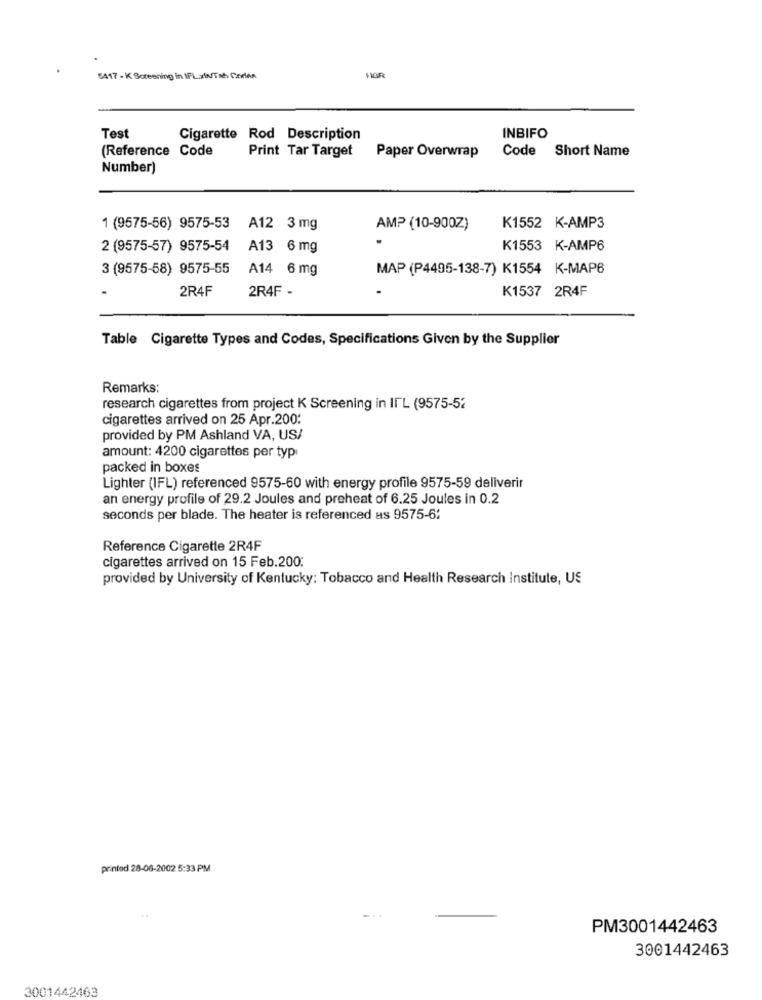
5417 - K Screening in IFL:IN/Tsh Carlan
Test
Cigarette Rod Description
INBIFO
(Reference Code
Print Tar Target
Code Short Name
Paper Overwrap
Number)
1 (9575-56) 9575-53
A12 3 mg
AMP (10-900Z)
K1552 K-AMP3
2 (9575-57) 9575-54
A13 6 mg
K1553 K-AMP6
3 (9575-58) 9575-55
A14 6 mg
MAP (P4495-138-7) K1554 K-MAP6
2R4F
2R4F -
K1537 2R4F
Table Cigarette Types and Codes, Specifications Given by the Supplier
Remarks:
research cigarettes from project K Screening in IFL (9575-52
cigarettes arrived on 25 Apr.200:
provided by PM Ashland VA, US/
amount: 4200 cigarettes per typ
packed in boxes
Lighter (IFL) referenced 9575-60 with energy profile 9575-59 deliverir
an energy profile of 29.2 Joules and preheat of 6.25 Joules in 0.2
seconds per blade. The heater is referenced as 9575-6:
Reference Cigarette 2R4F
cigarettes arrived on 15 Feb.200:
provided by University of Kentucky: Tobacco and Health Research Institute, US
printed 28-06-2002 5:33 PM
PM3001442463
3001442463
3001442463